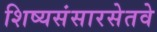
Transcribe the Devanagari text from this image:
शिष्यसंसारसेतवे